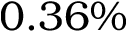
0 . 3 6 \%